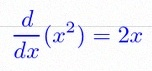
\frac{d}{dx}(x^2)=2x